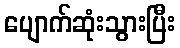
ပျောက်ဆုံးသွားပြီး